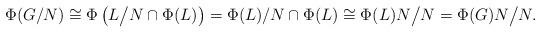
LaTeX: \begin{align*}\Phi(G/N) \cong \Phi \left( L\big/N \cap \Phi(L) \right) = \Phi(L)/N \cap \Phi(L) \cong \Phi(L)N\big/N = \Phi(G)N\big/N.\end{align*}